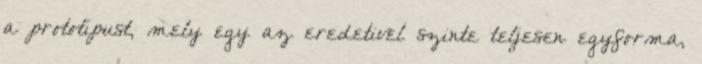
a prototípust, mely egy az eredetivel szinte teljesen egyforma,